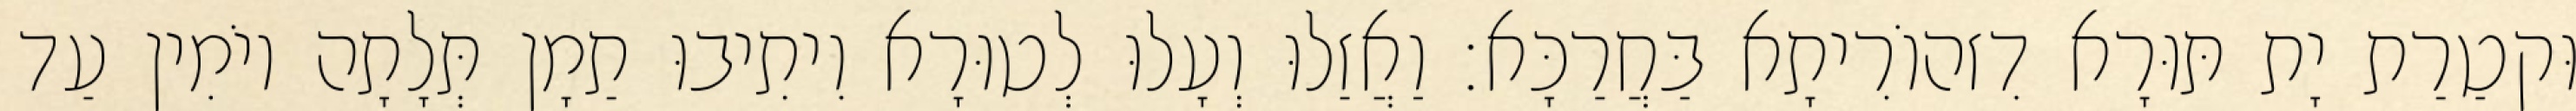
וּקטַרַת יָת תּוּרָא דִזהוֹרִיתָא בַּחֲרַכָּא׃ וַאֲזַלוּ וְעָלוּ לְטוּרָא וִיתִיבוּ תַמָן תְּלָתָה יוֹמִין עַד